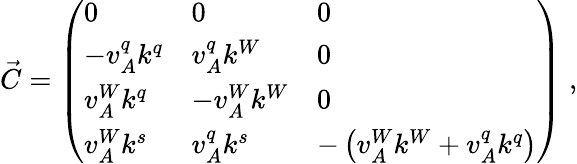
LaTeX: \vec{C}=\left(\begin{array}{lll}{0}&{0}&{0}\\ {-v_{A}^{q}k^{q}}&{v_{A}^{q}k^{W}}&{0}\\ {v_{A}^{W}k^{q}}&{-v_{A}^{W}k^{W}}&{0}\\ {v_{A}^{W}k^{s}}&{v_{A}^{q}k^{s}}&{-\left(v_{A}^{W}k^{W}+v_{A}^{q}k^{q}\right)}\end{array}\right)\; ,